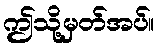
ဤသို့မှတ်အပ်။